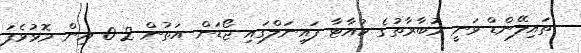
ތައިލޭންޑް ވަނީ މުބާރާތުގެ ކުއާޓާ ފައިނަލްގައި ޖޯޑަން އަތުން 2-0 އިން މޮޅުވެފަ